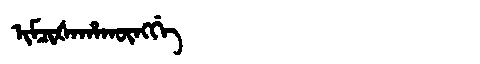
Manchu: ᡳᠮᠴᡳᡧᠠᡥᠠᡴᡡᠩᡤᡝ
Romanization: IMCIŠAHAKŪNGGE